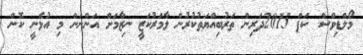
މޯލްޑިވްސް ކަޕް 2015ދަރިން ތަރުބިއްޔަތުކުރުން ލާމަރުކަޒީ ނިޒާމަށް އަންނަން މި އުޅެނީ ކޮން